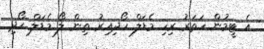
އެ ޓީމުން ހަތަރު ރިހި މެޑަލް ހޯދިއިރު ތިން ލޯ މެޑަލް ހޯދި